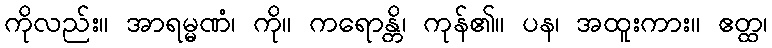
ကိုလည်း။ အာရမ္မဏံ၊ ကို။ ကရောန္တိ၊ ကုန်၏။ ပန၊ အထူးကား။ ဧတ္ထ၊